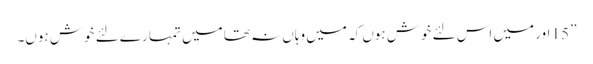
” 15 اور میں اس لئے خوش ہوں کہ میں وہاں نہ تھا میں تمہا رے لئے خوش ہوں۔